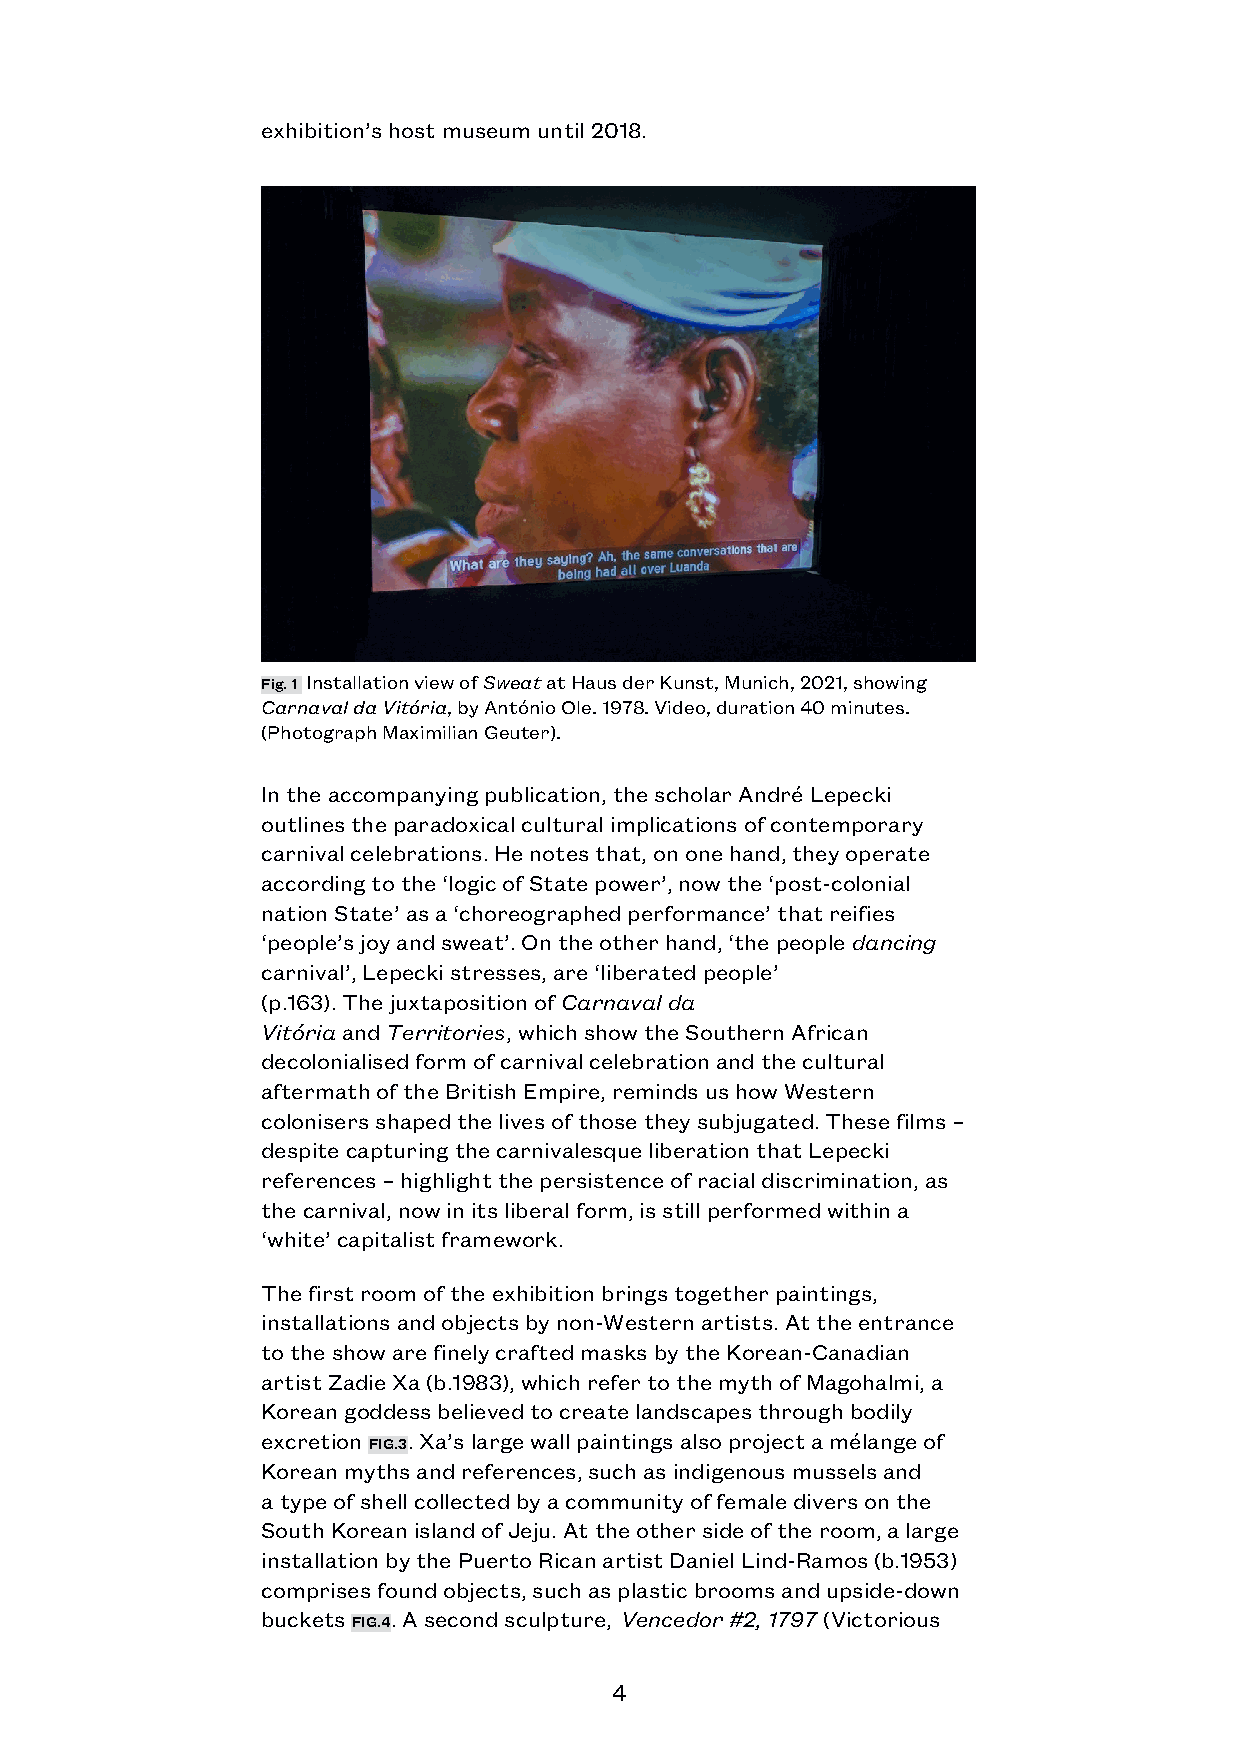
exhibition’s host museum until 2018.
 Fig. 1 Installation view of Sweat at Haus der Kunst, Munich, 2021, showing
 Carnaval da Vitória, by António Ole. 1978. Video, duration 40 minutes.
 (Photograph Maximilian Geuter).
 In the accompanying publication, the scholar André Lepecki
 outlines the paradoxical cultural implications of contemporary
 carnival celebrations. He notes that, on one hand, they operate
 according to the ‘logic of State power’, now the ‘post-colonial
 nation State’ as a ‘choreographed performance’ that reifies
 ‘people’s joy and sweat’. On the other hand, ‘the people dancing
 carnival’, Lepecki stresses, are ‘liberated people’
 (p.163). The juxtaposition of Carnaval da
 Vitória and Territories, which show the Southern African
 decolonialised form of carnival celebration and the cultural
 aftermath of the British Empire, reminds us how Western
 colonisers shaped the lives of those they subjugated. These films –
 despite capturing the carnivalesque liberation that Lepecki
 references – highlight the persistence of racial discrimination, as
 the carnival, now in its liberal form, is still performed within a
 ‘white’ capitalist framework.
 The first room of the exhibition brings together paintings,
 installations and objects by non-Western artists. At the entrance
 to the show are finely crafted masks by the Korean-Canadian
 artist Zadie Xa (b.1983), which refer to the myth of Magohalmi, a
 Korean goddess believed to create landscapes through bodily
 excretion FIG.3. Xa’s large wall paintings also project a mélange of
 Korean myths and references, such as indigenous mussels and
 a type of shell collected by a community of female divers on the
 South Korean island of Jeju. At the other side of the room, a large
 installation by the Puerto Rican artist Daniel Lind-Ramos (b.1953)
 comprises found objects, such as plastic brooms and upside-down
 buckets FIG.4. A second sculpture, Vencedor #2, 1797 (Victorious
 4